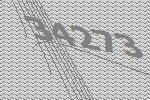
34273